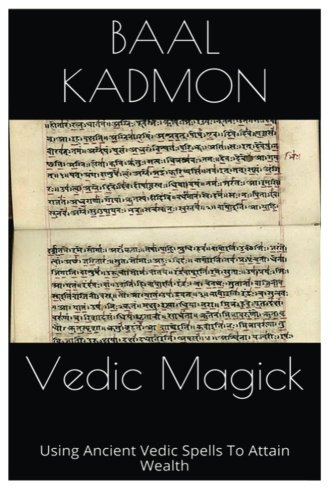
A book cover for Vedic Magick: Using Ancient Vedic Spells To Attain Wealth (Volume 1); Baal Kadmon; Religion & Spirituality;